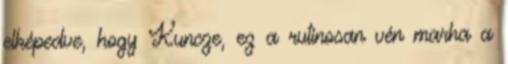
elképedve, hogy Kuncze, ez a rutinosan vén marha a